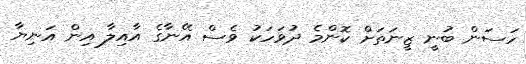
ހަސަން ބުނީ ޒީނަތަށް ކޮންމެ ދުވަހަކު ވެސް އޭނާގެ އާއިލާ އިން އަނިޔާ